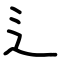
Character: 辶